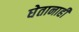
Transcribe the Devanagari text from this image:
घेतानाही